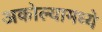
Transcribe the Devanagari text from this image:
अकोल्यामध्ये